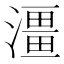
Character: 𤀌